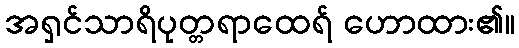
အရှင်သာရိပုတ္တရာထေရ် ဟောထား၏။